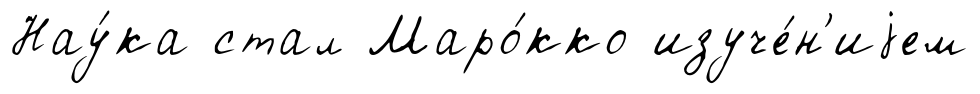
Нау́ка стал Маро́кко изуче́н'иjем